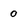
Character: 0